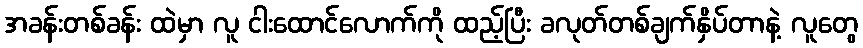
အခန်းတစ်ခန်း ထဲမှာ လူ ငါးထောင်လောက်ကို ထည့်ပြီး ခလုတ်တစ်ချက်နှိပ်တာနဲ့ လူတွေ